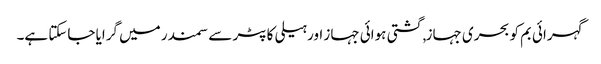
گہرائی بم کو بحری جہاز, گشتی ہوائی جہاز اور ہیلی کاپٹر سے سمندر میں گرایا جاسکتا ہے۔